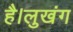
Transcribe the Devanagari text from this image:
है।लुखंग